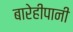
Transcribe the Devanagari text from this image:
बारेहीपानी